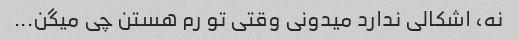
نه، اشکالی ندارد میدونی وقتی تو رم هستن چی میگن...